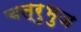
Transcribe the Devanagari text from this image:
चत्रुभुज